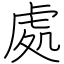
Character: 處